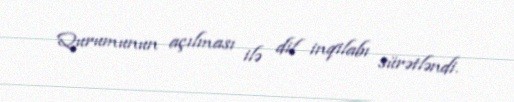
Qurumunun açılması ilə dil inqilabı sürətləndi.